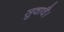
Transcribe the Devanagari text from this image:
सुवावै।